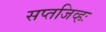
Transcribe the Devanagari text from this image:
सप्तजिव्हः